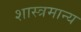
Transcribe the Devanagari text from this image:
शास्त्रमान्य